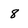
Character: 8